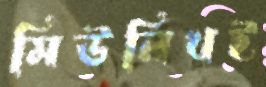
মিউনিখই